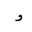
Letter: _waw